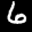
Label: 6